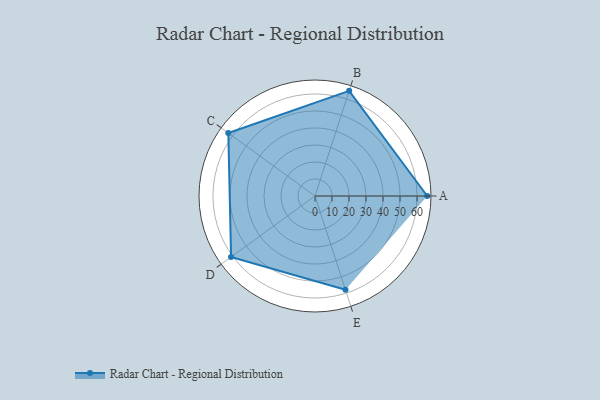
{"axis": {"x": "Skill", "y": "Score"}, "legend": ["Profile"], "data": [{"x": "A", "y": 66.0, "type": "Profile"}, {"x": "B", "y": 65.0, "type": "Profile"}, {"x": "C", "y": 63.0, "type": "Profile"}, {"x": "D", "y": 61.0, "type": "Profile"}, {"x": "E", "y": 58.0, "type": "Profile"}]}